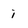
Character: i